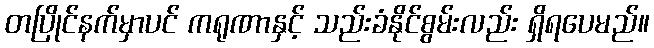
တပြိုင်နက်မှာပင် ကရုဏာနှင့် သည်းခံနိုင်စွမ်းလည်း ရှိရပေမည်။